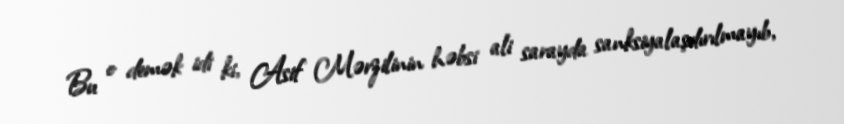
Bu o demək idi ki, Asif Mərzilinin həbsi ali sarayda sanksiyalaşdırılmayıb,